Medical and sanitary report of the native army of Madras for the year
Year: 1875
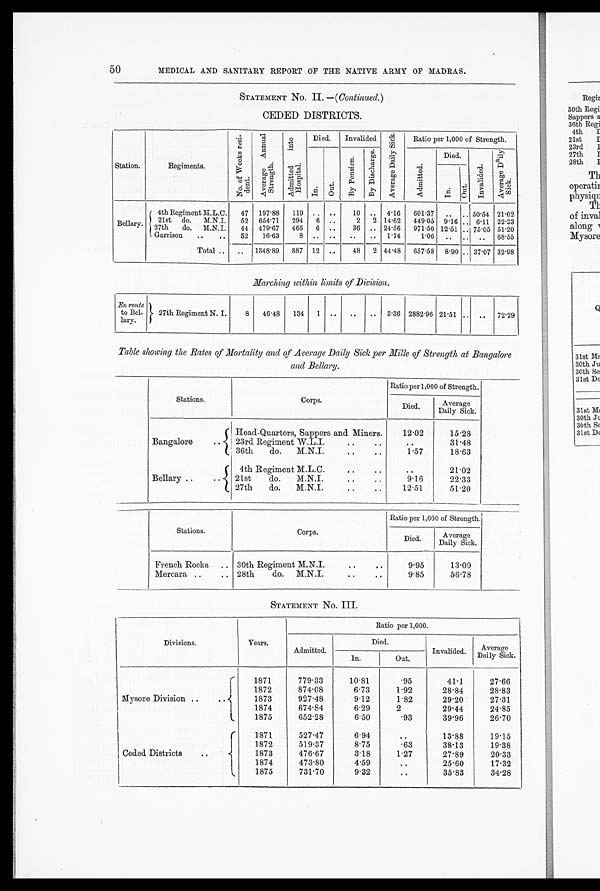
50
MEDICAL AND SANITARY REPORT OF THE NATIVE ARMY OF MADRAS.
STATEMENT No. II. - (Continued.)
CEDED DISTRICTS.
Station.
Regiments.
N o . o f W e e k s r e s i d e n t .
A v e r a g e A n n u a l S t r e n g t h .
A d m i t t e d i n t o H o s p i t a l
Died.
Invalided
A v e r a g e D a i l y S i c k
Ratio per 1,000 of Strength.
I n
O u t
By P e n s i o n
A d m i t t e d
Died.
I n v a l i d e d .
A v e r a g e D a i l y S i c k .
I n .
O u t .
4th Regiment M.L.C.
47 197.88 119 . .
..
10 .. 4.16 601.37 .. .. 50.54 21.02
Bellary.
21st do. M.N.I.
27th do. M.N.I.
52
44
654.71
479 .67
294
466
6
6
. .
..
2
36
2
..
14. 62
24.56
449 .05
971 .50
9 . 16
12.51
. .
..
6 . 11
75 .05
22.33
51.20
Garrison
..
..
52
16.63
8
. .
. .
. .
.. 1 . 14
1.06 .. .. .. 68.55
-
Total ..
.
.. 1348 . 89 887 12 ..
48 2 44 .48 657 .58 8 . 90 .. 37 .07 32.98
Marching within limits of Division.
En route
toBe l-
lary.
27th Regiment N. I.
8 46 .48 134 1 ..
..
.. 3 .36 2882 .96 21 .51 .. .. 72.29
Table showing the Rates of Mortality and of Average Daily Sick per Mille of Strength at Bangalore
and Bellary.
Stations.
Corps.
Ratio per 1,000 of Strength.
Died.
Average
Daily Sick.
Head-Quarters Sappers and Miners.
12.02
,
15.28
Bangalore
..
23rd
b
Regiment W.L.I.
..
..
1
31.48
36th
do.
M.N.I.
1.57
18.63
4th Regiment M.L.C.
..
. .
21.02
Bellary ..
..
1
bdo.
21st
M.N.I.
..
i .
916
22.33
27th
do.
M.N.I.
..
. .
1 2 . 5 1
51.20
Stations.
Corps.
Ratio per 1,000 of Strength.
Died.
Average
Daily Sick.
French Rocks
Mercara ..
. i
. .
30th Regiment M.N.I...
..
28th
do. M.N.I...
..
9 . 95
13.09
56.78
STATEMENT No. III.
Divisions.
Years.
Ratio per 1,000.
Admitted
Died.
Invalided.
Averacre s,
Daily Sick.
In.
Out.
1871
779.33
10.81
. 9 5 411
27.66
r
1872
874.08
6.73
1.92
28.84
28.83
Mysore Division ..
...{
1873
927.48
912
1.82
29.20
27.31
1
1874
674.84
6.29
2
2 9 . 4 4
24.85
L
1875
652.28
6.50
.93
39.96
26.70
1
1871
527.47
6.9
..
13.88
1915
1872
519.37
8.75
.63
3813
19.38
Ceded Districts
„
1873
476.67
318
1.27
27.89
20.33
I
1874
473.80
4.59
..
25.60
17.32
1875
731.70
9.32
..
35.83
34.28